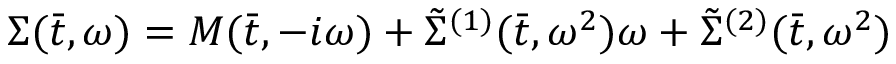
\Sigma ( \bar { t } , \omega ) = M ( \bar { t } , - i \omega ) + \tilde { \Sigma } ^ { ( 1 ) } ( \bar { t } , \omega ^ { 2 } ) \omega + \tilde { \Sigma } ^ { ( 2 ) } ( \bar { t } , \omega ^ { 2 } )